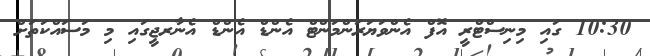
10:30 ގައި މިނިސްޓްރީ އޮފް އެންވަޔަރަންމަންޓް އެންޑް އެންޑް އެނާރޖީގައި މި މަސައްކަތަށް